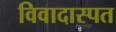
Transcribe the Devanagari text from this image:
विवादास्पत